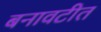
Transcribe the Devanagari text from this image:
बनावटीत